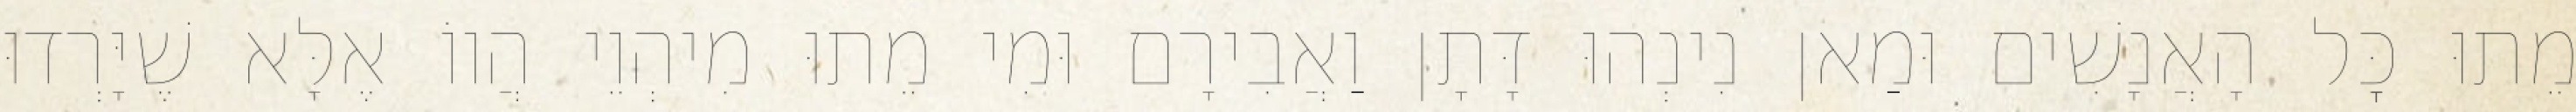
מֵתוּ כׇּל הָאֲנָשִׁים וּמַאן נִינְהוּ דָּתָן וַאֲבִירָם וּמִי מֵתוּ מִיהְוֵי הֲווֹ אֶלָּא שֶׁיָּרְדוּ